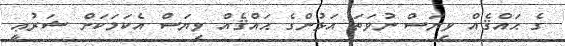
ގެ ޙައްޤެއް ވިޔަސް ނުވަތަ އަޅުންގެ ޙައްޤެއް ވިޔަސް އެކަމަކަށް ޝަރުޢީ